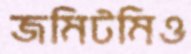
জমিটমিও